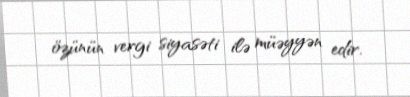
özünün vergi siyasəti ilə müəyyən edir.